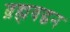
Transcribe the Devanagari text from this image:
ब्रह्मवद्धन